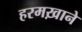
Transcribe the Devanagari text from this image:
हरमख़ाने